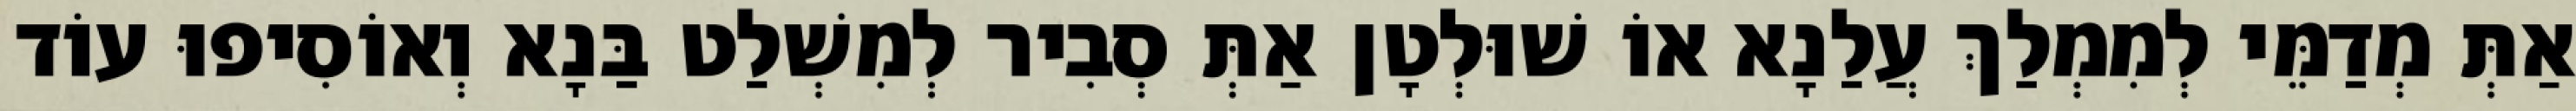
אַתְּ מְדַמֵּי לְמִמְלַךְ עֲלַנָא אוֹ שׁוּלְטָן אַתְּ סְבִיר לְמִשְׁלַט בַּנָא וְאוֹסִיפוּ עוֹד